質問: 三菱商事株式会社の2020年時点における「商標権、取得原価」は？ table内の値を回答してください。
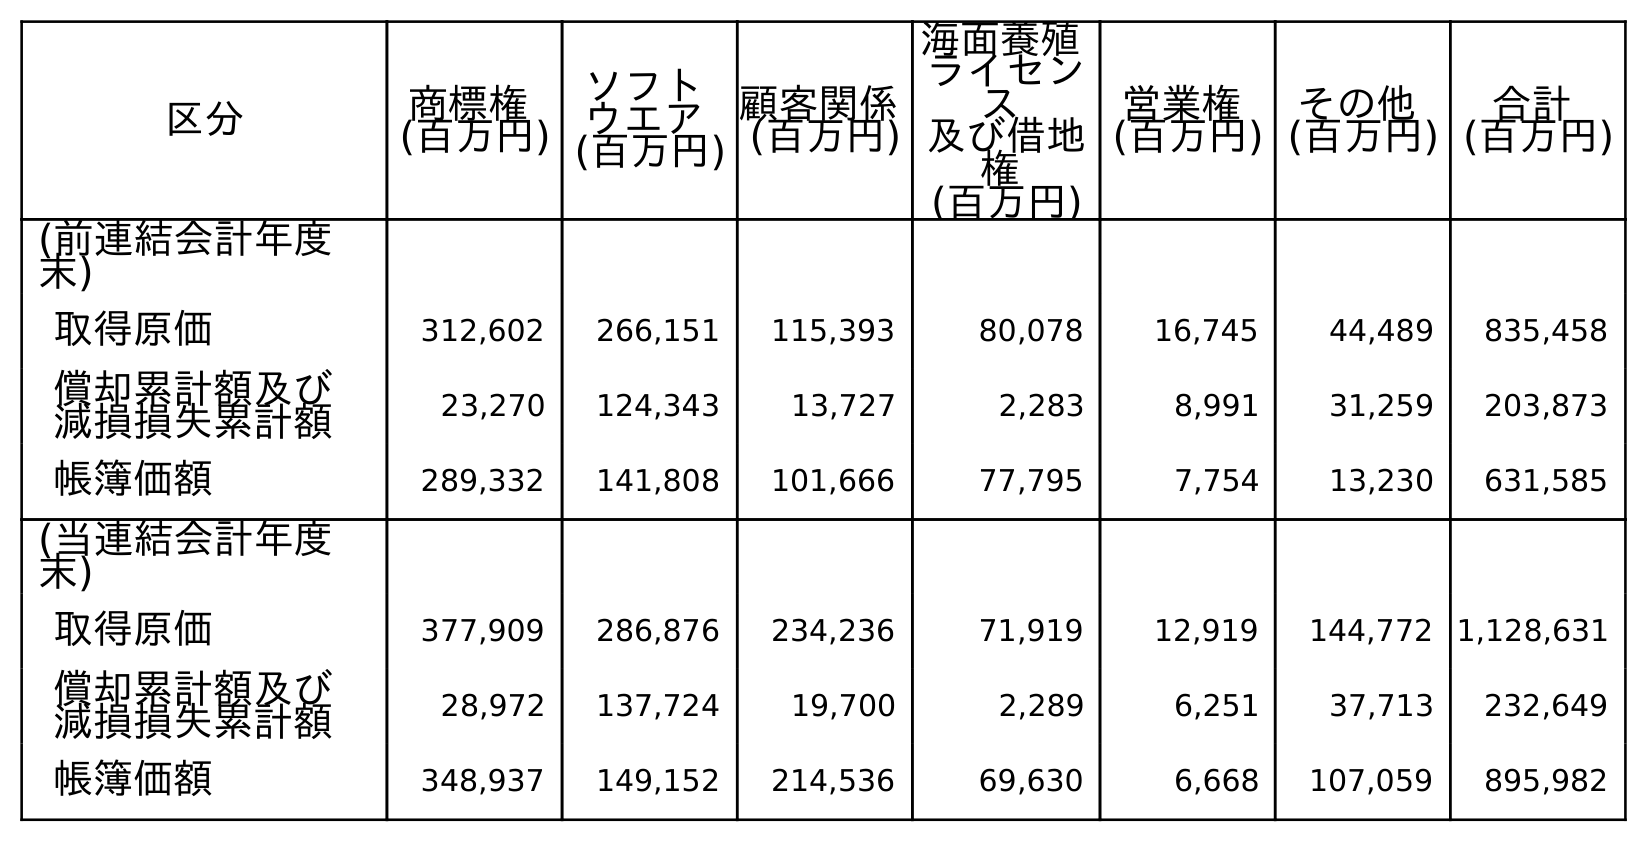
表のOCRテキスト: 区分 商標権 (百万円) ソフト ウエア (百万円) 顧客関係 (百万円) 海面養殖 ライセン ス 及び借地 権 (百万円) 営業権 (百万円) その他 (百万円) 合計 (百万円) (前連結会計年度 末) 取得原価 312,602 266,151 115,393 80,078 16,745 44,489 835,458 償却累計額及び 減損損失累計額 23,270 124,343 13,727 2,283 8,991 31,259 203,873 帳簿価額 289,332 141,808 101,666 77,795 7,754 13,230 631,585 (当連結会計年度 末) 取得原価 377,909 286,876 234,236 71,919 12,919 144,772 1,128,631 償却累計額及び 減損損失累計額 28,972 137,724 19,700 2,289 6,251 37,713 232,649 帳簿価額 348,937 149,152 214,536 69,630 6,668 107,059 895,982
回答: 377,909